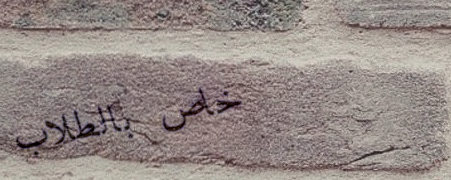
خاص بالطلاب